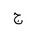
Letter: _gim